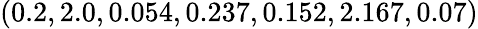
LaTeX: (0.2,2.0,0.054,0.237,0.152,2.167,0.07)